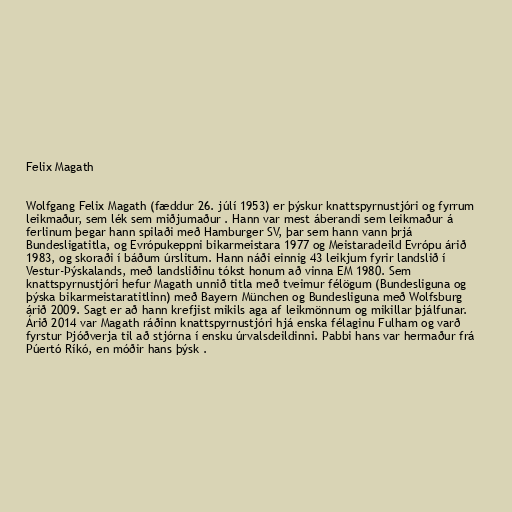
Felix Magath

Wolfgang Felix Magath (fæddur 26. júlí 1953) er þýskur knattspyrnustjóri og fyrrum
leikmaður, sem lék sem miðjumaður . Hann var mest áberandi sem leikmaður á
ferlinum þegar hann spilaði með Hamburger SV, þar sem hann vann þrjá
Bundesligatitla, og Evrópukeppni bikarmeistara 1977 og Meistaradeild Evrópu árið
1983, og skoraði í báðum úrslitum. Hann náði einnig 43 leikjum fyrir landslið í
Vestur-Þýskalands, með landsliðinu tókst honum að vinna EM 1980. Sem
knattspyrnustjóri hefur Magath unnið titla með tveimur félögum (Bundesliguna og
þýska bikarmeistaratitlinn) með Bayern München og Bundesliguna með Wolfsburg
árið 2009. Sagt er að hann krefjist mikils aga af leikmönnum og mikillar þjálfunar.
Árið 2014 var Magath ráðinn knattspyrnustjóri hjá enska félaginu Fulham og varð
fyrstur Þjóðverja til að stjórna í ensku úrvalsdeildinni. Pabbi hans var hermaður frá
Púertó Ríkó, en móðir hans þýsk .